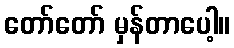
တော်တော် မှန်တာပေါ့။